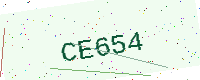
Text: CE654